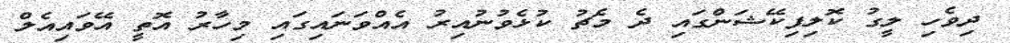
ދިވެހި ލީގު ކޮލިފިކޭޝަންގައި ދެ މެޗު ކުޅެވުނުއިރު އެއްވަނައިގައި މިހާރު އޮތީ އޭވައިއެލް